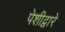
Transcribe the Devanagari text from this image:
पेशीद्वारे